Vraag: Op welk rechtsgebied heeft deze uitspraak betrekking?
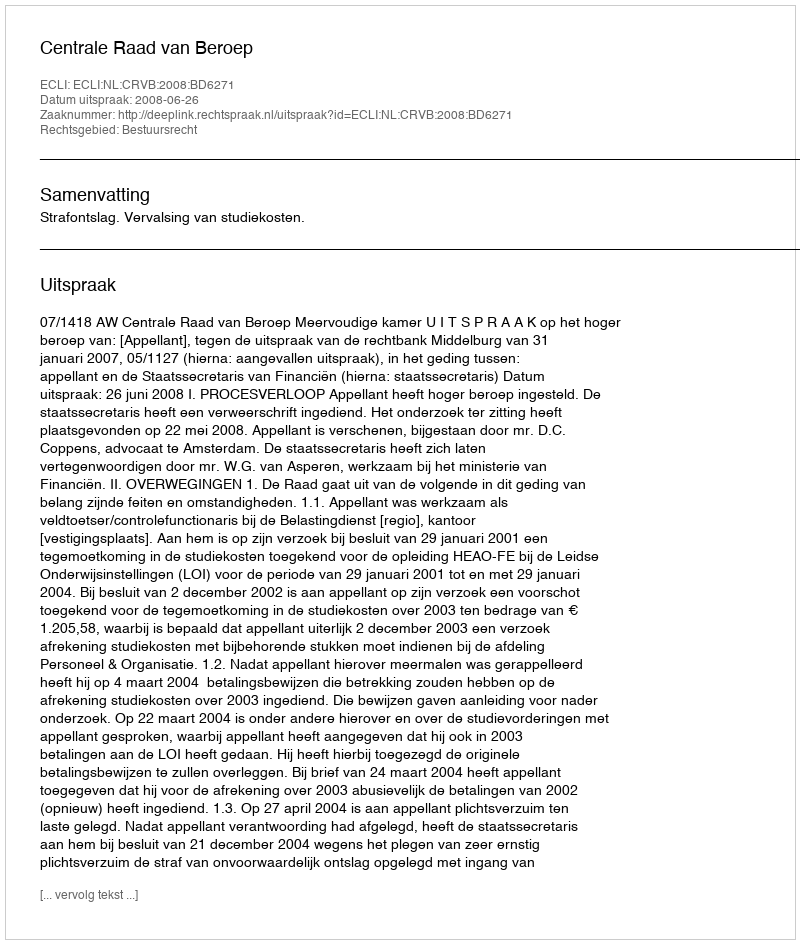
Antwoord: Bestuursrecht